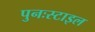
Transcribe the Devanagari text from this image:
पुनःस्टाइल